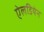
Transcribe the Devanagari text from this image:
ऐलडियेन